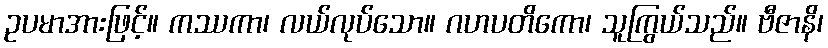
ဥပမာအားဖြင့်။ ကဿကာ၊ လယ်လုပ်သော။ ဂဟပတိကော၊ သူကြွယ်သည်။ ဗီဇာနိ၊